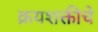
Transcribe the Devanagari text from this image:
क्रयशक्तीचे